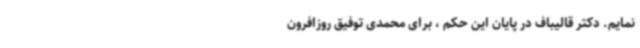
‌نمایم. دکتر قالیباف در پایان این حکم ، برای محمدی توفیق روزافرون